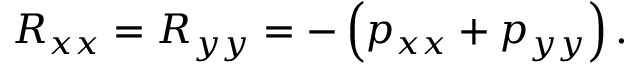
R _ { x x } = R _ { y y } = - \left( p _ { x x } + p _ { y y } \right) .